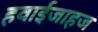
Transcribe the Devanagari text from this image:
हवाईजाहज